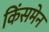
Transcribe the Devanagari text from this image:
किंसमेन